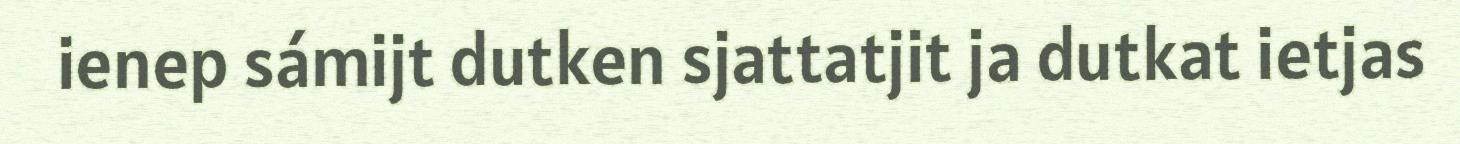
ienep sámijt dutken sjattatjit ja dutkat ietjas